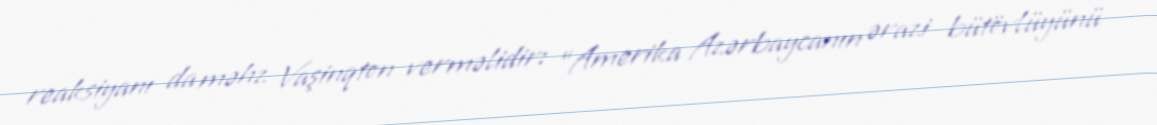
reaksiyanı da məhz Vaşinqton verməlidir: “Amerika Azərbaycanın ərazi bütövlüyünü